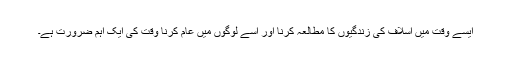
ایسے وقت میں اسلاف کی زندگیوں کا مطالعہ کرنا اور اسے لوگوں میں عام کرنا وقت کی ایک اہم ضرورت ہے۔